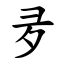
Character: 夛